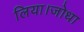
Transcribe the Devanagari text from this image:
लिया।जोधा